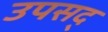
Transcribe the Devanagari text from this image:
उपसद्